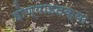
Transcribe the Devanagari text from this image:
होण्याइतक्या